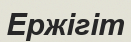
Ержігіт